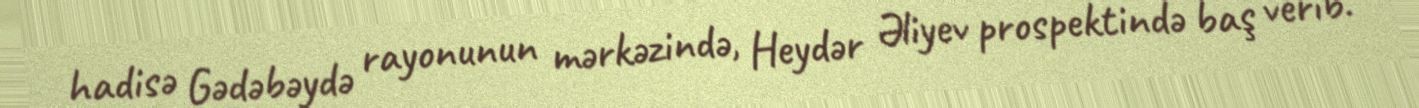
hadisə Gədəbəydə rayonunun mərkəzində, Heydər Əliyev prospektində baş verib.